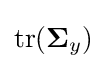
\operatorname {tr} (\mathbf {\Sigma } _{y})